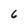
Character: 6